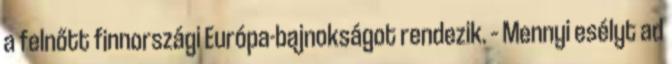
a felnőtt finnországi Európa-bajnokságot rendezik. – Mennyi esélyt ad